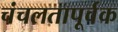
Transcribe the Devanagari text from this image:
चंचलतापूर्वक